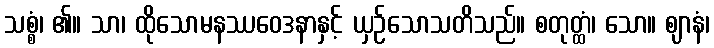
သစ္စံ၊ ၏။ သာ၊ ထိုသောမနဿဝေဒနာနှင့် ယှဉ်သောသတိသည်။ စတုတ္ထံ၊ သော။ ဈာနံ၊